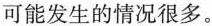
可能发生的情况很多。